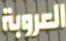
العروبة